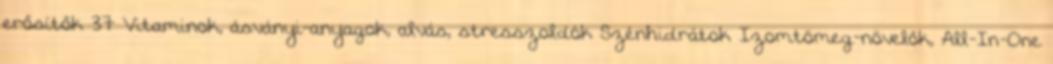
erősítők 37 Vitaminok, ásványi-anyagok, alvás, stresszoldók Szénhidrátok Izomtömeg-növelők, All-In-One